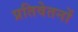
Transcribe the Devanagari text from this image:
प्रतिवेतनों